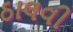
ઠાલવી